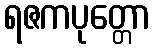
ရဇကပုတ္တော